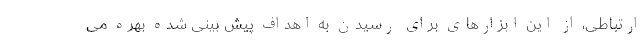
ارتباطی، از این ابزارهای برای رسیدن به اهداف پیش بینی شده بهره می